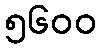
၅၆၀၀